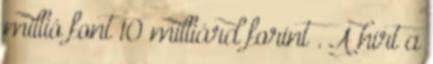
millió font 10 milliárd forint . A hírt a